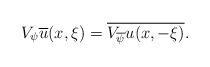
LaTeX: \begin{align*}V_{\psi} \overline{u}(x,\xi)= \overline{V_{\overline \psi} u(x,-\xi)}. \end{align*}